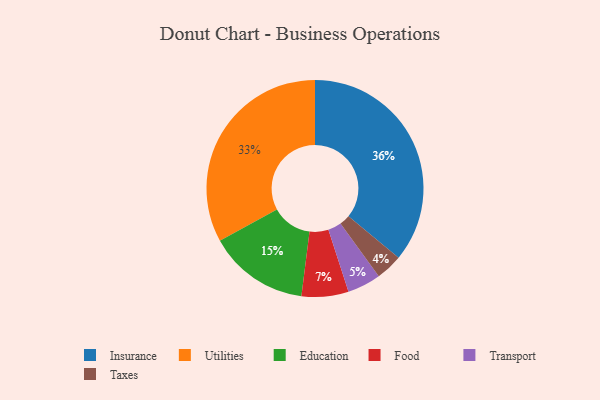
{"axis": {"x": "Category", "y": "Percentage"}, "legend": ["Education", "Food", "Insurance", "Taxes", "Transport", "Utilities"], "data": [{"x": "Transport", "y": 5, "type": "Transport"}, {"x": "Taxes", "y": 4, "type": "Taxes"}, {"x": "Utilities", "y": 33, "type": "Utilities"}, {"x": "Education", "y": 15, "type": "Education"}, {"x": "Insurance", "y": 36, "type": "Insurance"}, {"x": "Food", "y": 7, "type": "Food"}]}